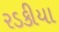
રડકીયા